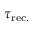
\tau _ { \mathrm { r e c . } }